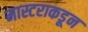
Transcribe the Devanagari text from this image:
मास्टराकडून